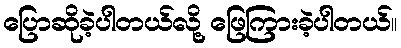
ပြောဆိုခဲ့ပါတယ်လို့ ဖြေကြားခဲ့ပါတယ်။